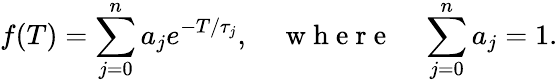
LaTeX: f(T)=\sum_{j=0}^{n}a_{j}e^{-T/\tau_{j}},\quad\mathrm{~w~h~e~r~e~}\quad\sum_{j=0}^{n}a_{j}=1.